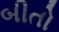
બીતો